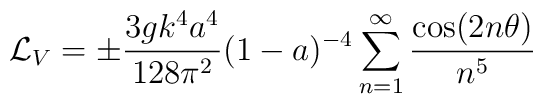
{\cal L}_{V}=\pm {3gk^4 a^4\over 128\pi^2}(1-a)^{-4} \sum_{n=1}^\infty{\cos(2n\theta)\over n^5}